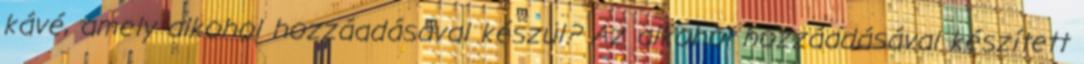
kávé, amely alkohol hozzáadásával készül? Az alkohol hozzáadásával készített